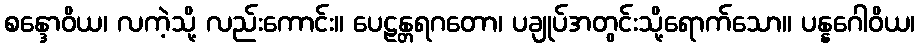
စန္ဒောဝိယ၊ လကဲ့သို့ လည်းကောင်း။ ပေဠန္တရဂတော၊ ပချုပ်အတွင်းသို့ရောက်သော။ ပန္နဂေါဝိယ၊